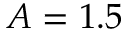
A = 1 . 5